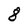
Character: 8